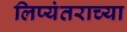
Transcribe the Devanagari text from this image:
लिप्यंतराच्या